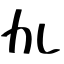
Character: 劜